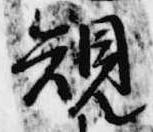
規